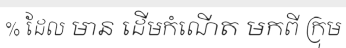
% ដែល មាន ដើមកំណើត មកពី ក្រុម